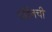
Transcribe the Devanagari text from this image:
वॉर्डनची